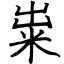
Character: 粜